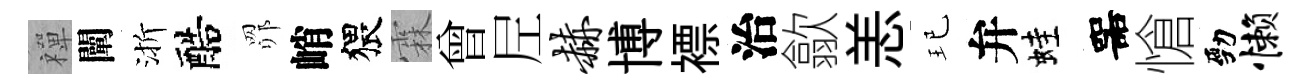
禪闡渐醅𦊑峭猥霖曾𡰱赫博褾治歙恙玘弁蛙噐愴勁懒